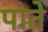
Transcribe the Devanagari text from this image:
पाते